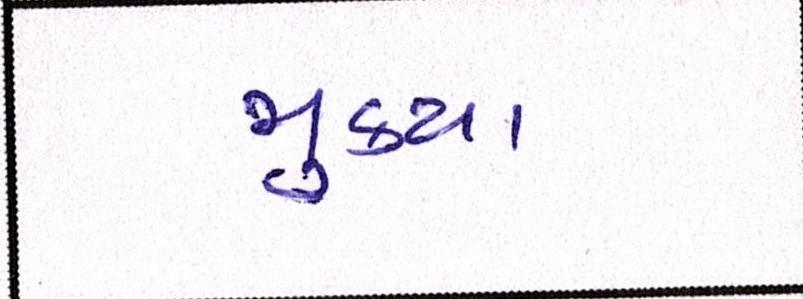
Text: મુક્યા